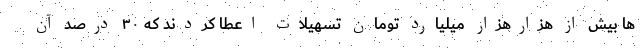
ها بیش از هزارهزار میلیارد تومان تسهیلات اعطا کردند که ۳۰ درصد آن